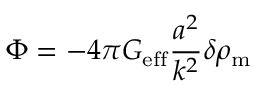
\Phi = - 4 \pi G _ { \mathrm { e f f } } { \frac { a ^ { 2 } } { k ^ { 2 } } } \delta \rho _ { \mathrm { m } }